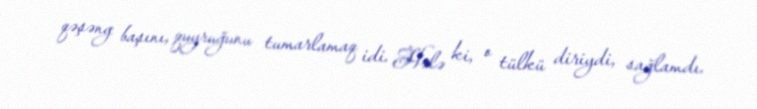
qəşəng başını, quyruğunu tumarlamaq idi. Hələ ki, o tülkü diriydi, sağlamdı.